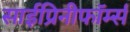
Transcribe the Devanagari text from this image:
साईप्रिनीफॉर्म्स